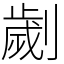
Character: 劌